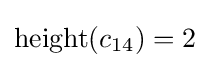
\operatorname {height} (c_{14})=2